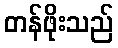
တန်ဖိုးသည်